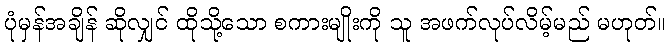
ပုံမှန်အချိန် ဆိုလျှင် ထိုသို့သော စကားမျိုးကို သူ အဖက်လုပ်လိမ့်မည် မဟုတ်။